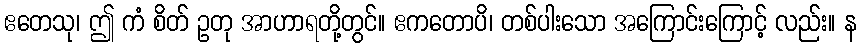
ဧတေသု၊ ဤ ကံ စိတ် ဥတု အာဟာရတို့တွင်။ ဧကတောပိ၊ တစ်ပါးသော အကြောင်းကြောင့် လည်း။ န